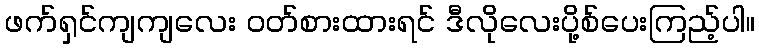
ဖက်ရှင်ကျကျလေး ဝတ်စားထားရင် ဒီလိုလေးပို့စ်ပေးကြည့်ပါ။